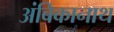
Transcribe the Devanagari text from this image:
अंबिकानाथ